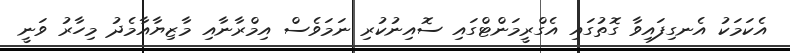
އެކަމަކު އެނގިފައިވާ ގޮތުގައި އެގްރީމަންޓްގައި ސޮއިނުކުރި ނަމަވެސް އިމްރާނާއި މާޒިޔާއާމެދު މިހާރު ވަނީ